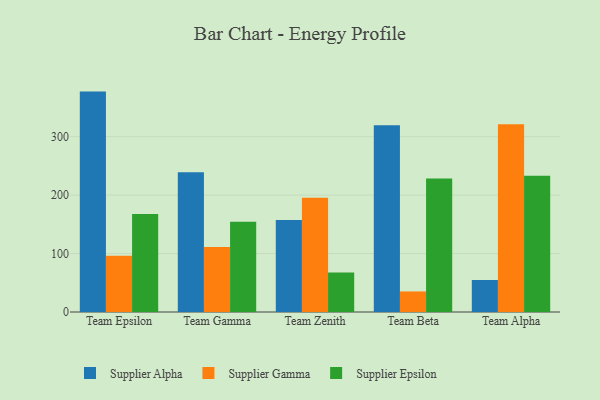
{"axis": {"x": "Team", "y": "Page Views"}, "legend": ["Supplier Alpha", "Supplier Epsilon", "Supplier Gamma"], "data": [{"x": "Team Epsilon", "y": 377.1, "type": "Supplier Alpha"}, {"x": "Team Epsilon", "y": 96.3, "type": "Supplier Gamma"}, {"x": "Team Epsilon", "y": 167.7, "type": "Supplier Epsilon"}, {"x": "Team Gamma", "y": 239.2, "type": "Supplier Alpha"}, {"x": "Team Gamma", "y": 111.2, "type": "Supplier Gamma"}, {"x": "Team Gamma", "y": 154.3, "type": "Supplier Epsilon"}, {"x": "Team Zenith", "y": 157.4, "type": "Supplier Alpha"}, {"x": "Team Zenith", "y": 195.6, "type": "Supplier Gamma"}, {"x": "Team Zenith", "y": 67.4, "type": "Supplier Epsilon"}, {"x": "Team Beta", "y": 319.5, "type": "Supplier Alpha"}, {"x": "Team Beta", "y": 35.2, "type": "Supplier Gamma"}, {"x": "Team Beta", "y": 228.5, "type": "Supplier Epsilon"}, {"x": "Team Alpha", "y": 54.8, "type": "Supplier Alpha"}, {"x": "Team Alpha", "y": 321.4, "type": "Supplier Gamma"}, {"x": "Team Alpha", "y": 233.0, "type": "Supplier Epsilon"}]}